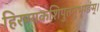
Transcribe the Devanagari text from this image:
हिरण्यकशिपुतनुभृग्ङंम्।